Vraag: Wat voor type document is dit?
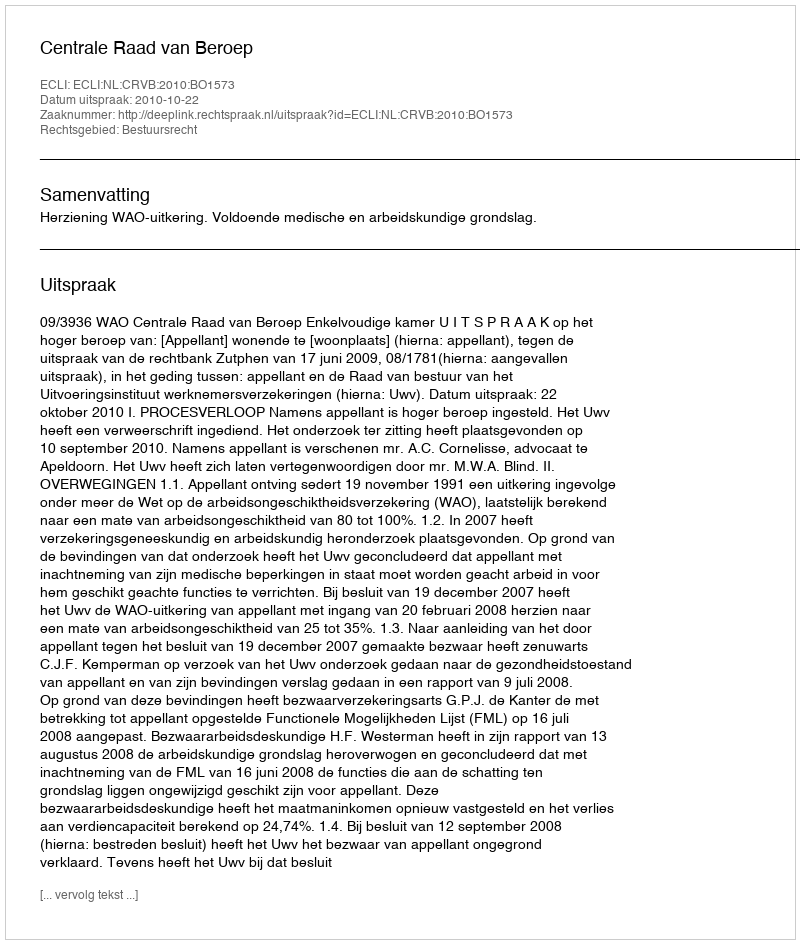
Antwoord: Uitspraak